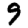
Digit: 9